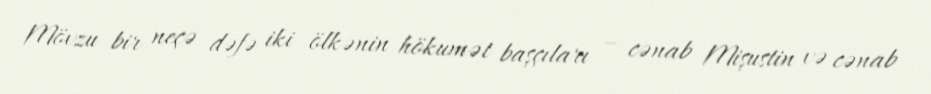
Mövzu bir neçə dəfə iki ölkənin hökumət başçıları – cənab Mişustin və cənab